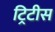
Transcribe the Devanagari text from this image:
ट्रिटीस